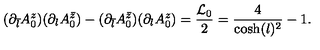
( \partial _ { \bar { l } } A _ { 0 } ^ { z } ) ( \partial _ { l } A _ { 0 } ^ { \bar { z } } ) - ( \partial _ { \bar { l } } A _ { 0 } ^ { \bar { z } } ) ( \partial _ { l } A _ { 0 } ^ { z } ) = \frac { { \cal L } _ { 0 } } { 2 } = \frac { 4 } { \cosh ( l ) ^ { 2 } } - 1 .